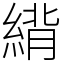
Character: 䋳